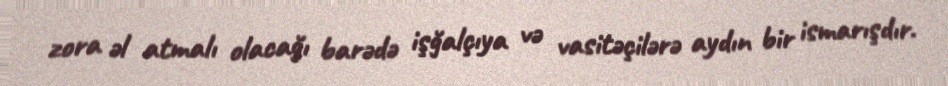
zora əl atmalı olacağı barədə işğalçıya və vasitəçilərə aydın bir ismarışdır.